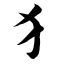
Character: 犭